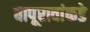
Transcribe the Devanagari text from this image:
बापूरावांकडे